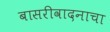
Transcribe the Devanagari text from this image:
बासरीवादनाचा